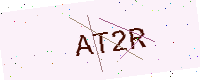
Text: AT2R